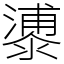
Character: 𣿀